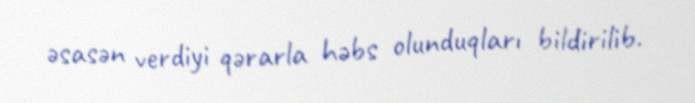
əsasən verdiyi qərarla həbs olunduqları bildirilib.